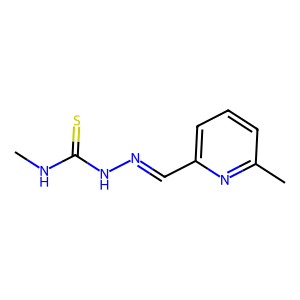
SMILES: CNC(=S)NN=Cc1cccc(C)n1
Inhibits HIV replication: No